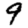
Digit: 9